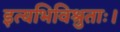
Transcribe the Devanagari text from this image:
इत्यभिविश्रुताः।